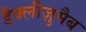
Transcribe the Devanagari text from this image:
डैक्लीज़ुमैब